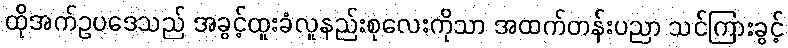
ထိုအက်ဥပဒေသည် အခွင့်ထူးခံလူနည်းစုလေးကိုသာ အထက်တန်းပညာ သင်ကြားခွင့်